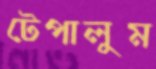
টেপালুম